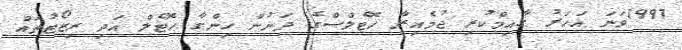
1997ވަނަ އަހަރު ޤާއިމްކުރި ޖުމެއިރާ ހޮޓެލްސްގެ ދަށުން ހިންގާ ހޮޓެލް އަދި ރިޒޯޓުތައް